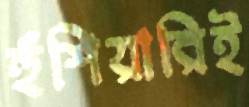
হুঁশিয়ারিই